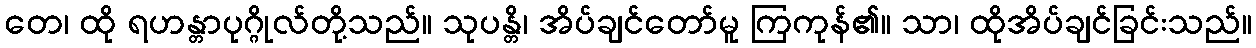
တေ၊ ထို ရဟန္တာပုဂ္ဂိုလ်တို့သည်။ သုပန္တိ၊ အိပ်ချင်တော်မူ ကြကုန်၏။ သာ၊ ထိုအိပ်ချင်ခြင်းသည်။